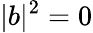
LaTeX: |b|^{2}=0